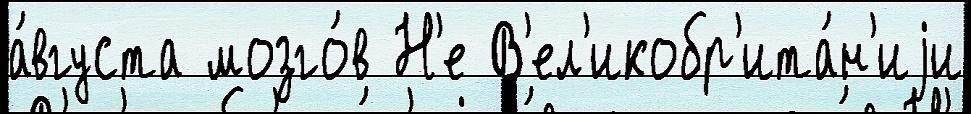
а́вгуста мозго́в Н'е В'ел'икобр'ита́н'иjи